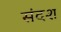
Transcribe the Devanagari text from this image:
संदश